Vaccination North-Western Provinces 1866-1877 - 1866-1877
Year: 1866
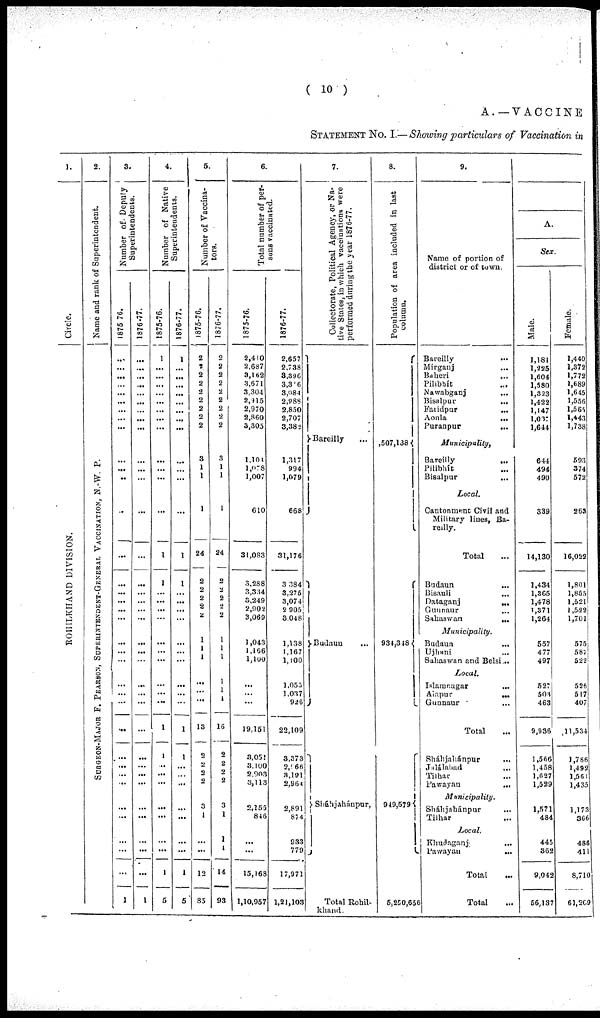
( 10 )
A.—VACCINE
STATEMENT No. I.— Showing particulars of Vaccination in
1.
Circle.
R OHIL KHAND DIVIS
ION.
2.
Name and rank of Superintendent.
S
UR GE ON-MAJOR F. P EARS ON, S
UP E R INT
E NDE NT -GE
NE R AL VACCINAT ION, N. -
W. P.
3.
Number of Deputy
Superintendents.
1875-76.
...
...
...
...
...
...
...
...
...
...
...
...
...
...
...
...
...
...
...
...
...
...
...
...
...
...
...
...
...
...
...
...
...
...
...
1
1876-77.
...
...
...
...
...
...
...
...
...
...
...
...
...
...
...
...
...
...
...
...
...
...
...
...
...
...
...
...
...
...
...
...
...
...
1
4.
Number of Native
Superintendents.
1875-76.
1
...
...
...
...
...
...
...
...
...
...
...
...
1
1
...
...
...
...
...
...
...
...
...
...
1
1
..
...
...
...
...
...
...
1
5
1876-77.
1
...
...
...
..
...
...
...
...
...
...
...
...
1
1
...
...
...
...
...
...
...
...
...
...
1
1
...
...
...
...
...
...
...
1
5
5.
Number of Vaccina-
tors.
1875-76.
2
2
2
2
2
2
2
2
2
3
1
1
1
24
2
2
2
2
2
1
1
1
...
...
...
13
2
2
2
2
3
1
...
...
12
85
1876-77.
2
2
2
2
2
2
2
2
2
3
1
1
1
24
2
2
2
2
2
1
1
1
1
1
1
16
2
2
2
3
1
1
1
14
93
6.
Total number of per-
sons vaccinated.
1875-76.
2,410
2,687
3,162
3,671
3,304
2,915
2,970
2.860
3,305
1,101
1,078
1,007
610
31,083
3,288
3,334
3,249
2,902
3,069
1,043
1,166
1,100
...
...
...
19,151
3,051
3,100
2,903
3,113
2,155
846
...
...
...
15,168
1,10,957
1876-77.
2,657
2,738
3,396
3,3186
3,084
2,989
2,850
2,707
3,382
1,317
994
1,079
668
31,176
3,384
3,276
3,074
2,905
3,048
1,138
1,167
1,100
1,055
1,037
926
22,109
3,373
2,966
3,191
2,964
2,891
874
933
779
17,971
1,21,103
7.
Collectorate, Political Agency, or Na-
tive States, in which vaccinations were
performed during the year 1876-77.
Bareilly ...
Budaun ...
Sháhjahánpur,
Total Rohil-
khand.
8.
Population of area included in last
column.
,507,138
934,348
949,579
5,250,656
9.
Name of portion of
district or of town,
Bareilly ...
Mirganj ...
Baheri ...
Pilibhít ...
Nawabganj ...
Bisalpur
...
Faridpur
...
Aonla ...
Puranpur
...
Municipality,
Bareilly
...
Pilibhít ...
Bisalpur
...
Local.
Cantonment Civil and
Military lines, Ba-
reilly.
Total
Budaun ...
Bisauli ...
Dataganj
...
Gunnaur ...
Sahaswan
...
Municipality.
Budaun
...
Ujhani ...
Sahaswan and Belsi ...
Local.
Islamnagar ...
Aiapur
...
Gunnaur ...
Total
Sháhjahánpur
...
Julálabad
...
Tilhar ...
Pawayan
...
Municipality.
Sháhjahánpur ...
Tilhar ...
Local,
Khudaganj ...
Pawayan
...
Total ...
Total ...
A.
Sex.
Male.
1,181
1,225
1,604
1,580
1,323
1,422
1,147
1,037
1,644
644
494
490
339
14,130
1,434
1,365
1,478
1,371
1,264
557
477
497
527
503
463
9,936
1,566
1,458
1,627
1,529
1,571
484
445
362
9,042
56,137
Female.
1,440
1,372
1,772
1,689
1,645
1,556
1,565
1,443
1,738
593
374
572
263
16,022
1,801
1,855
1,521
l,522
1,701
575
587
522
526
517
407
11,534
1,786
1,492
1,561
1,435
1,173
366
486
411
8,710
61,209